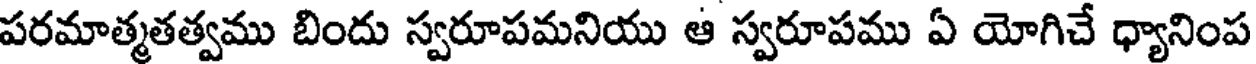
పరమాత్మతత్వము బిందు స్వరూపమనియు ఆ స్వరూపము ఏ యోగిచే ధ్యానింప